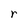
Character: r